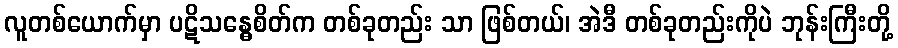
လူတစ်ယောက်မှာ ပဋိသန္ဓေစိတ်က တစ်ခုတည်း သာ ဖြစ်တယ်၊ အဲဒီ တစ်ခုတည်းကိုပဲ ဘုန်းကြီးတို့